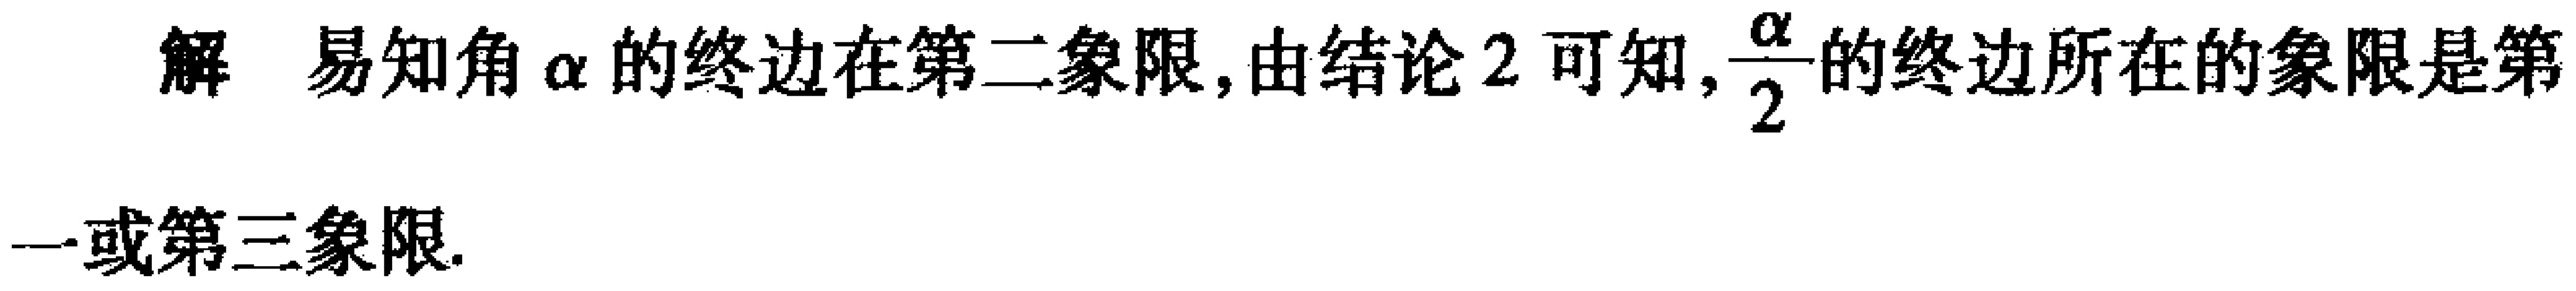
解 易知角\(\alpha\)的终边在第二象限, 由结论 2 可知, \(\frac{\alpha}{2}\)的终边所在的象限是第

一或第三象限.